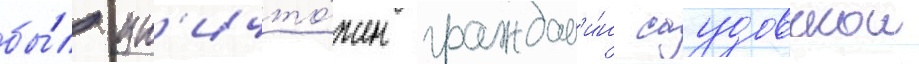
бы́л ун'ичто́жен граждан'и́н саудовскои